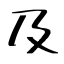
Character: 及